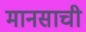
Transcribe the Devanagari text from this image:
मानसाची